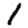
Digit: 1